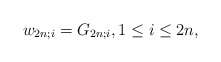
\begin{align*} w_{2n;i} = G_{2n;i},1\leq i\leq 2n,\end{align*}